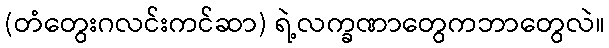
(တံတွေးဂလင်းကင်ဆာ) ရဲ့လက္ခဏာတွေကဘာတွေလဲ။